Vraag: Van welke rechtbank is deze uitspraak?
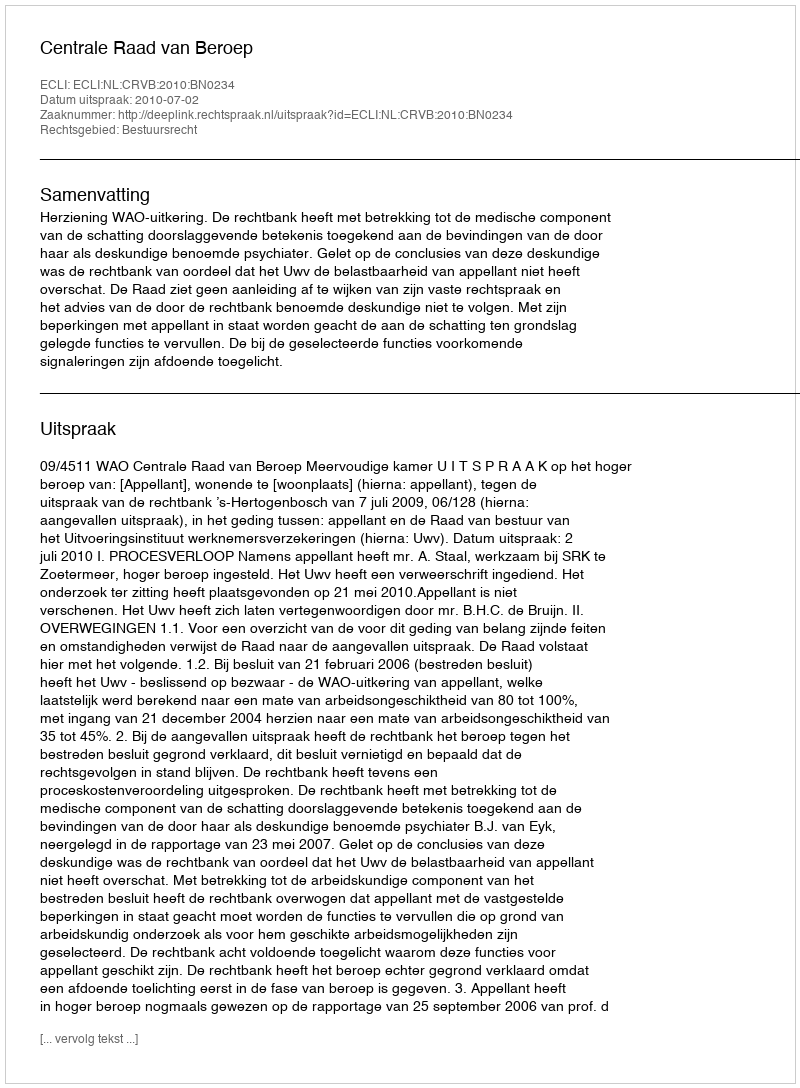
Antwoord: Centrale Raad van Beroep